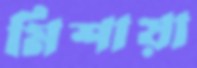
মিশায়া